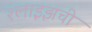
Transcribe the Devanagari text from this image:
श्लाइझची